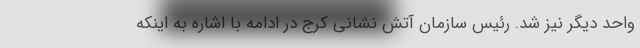
واحد دیگر نیز شد. رئیس سازمان آتش نشانی کرج در ادامه با اشاره به اینکه